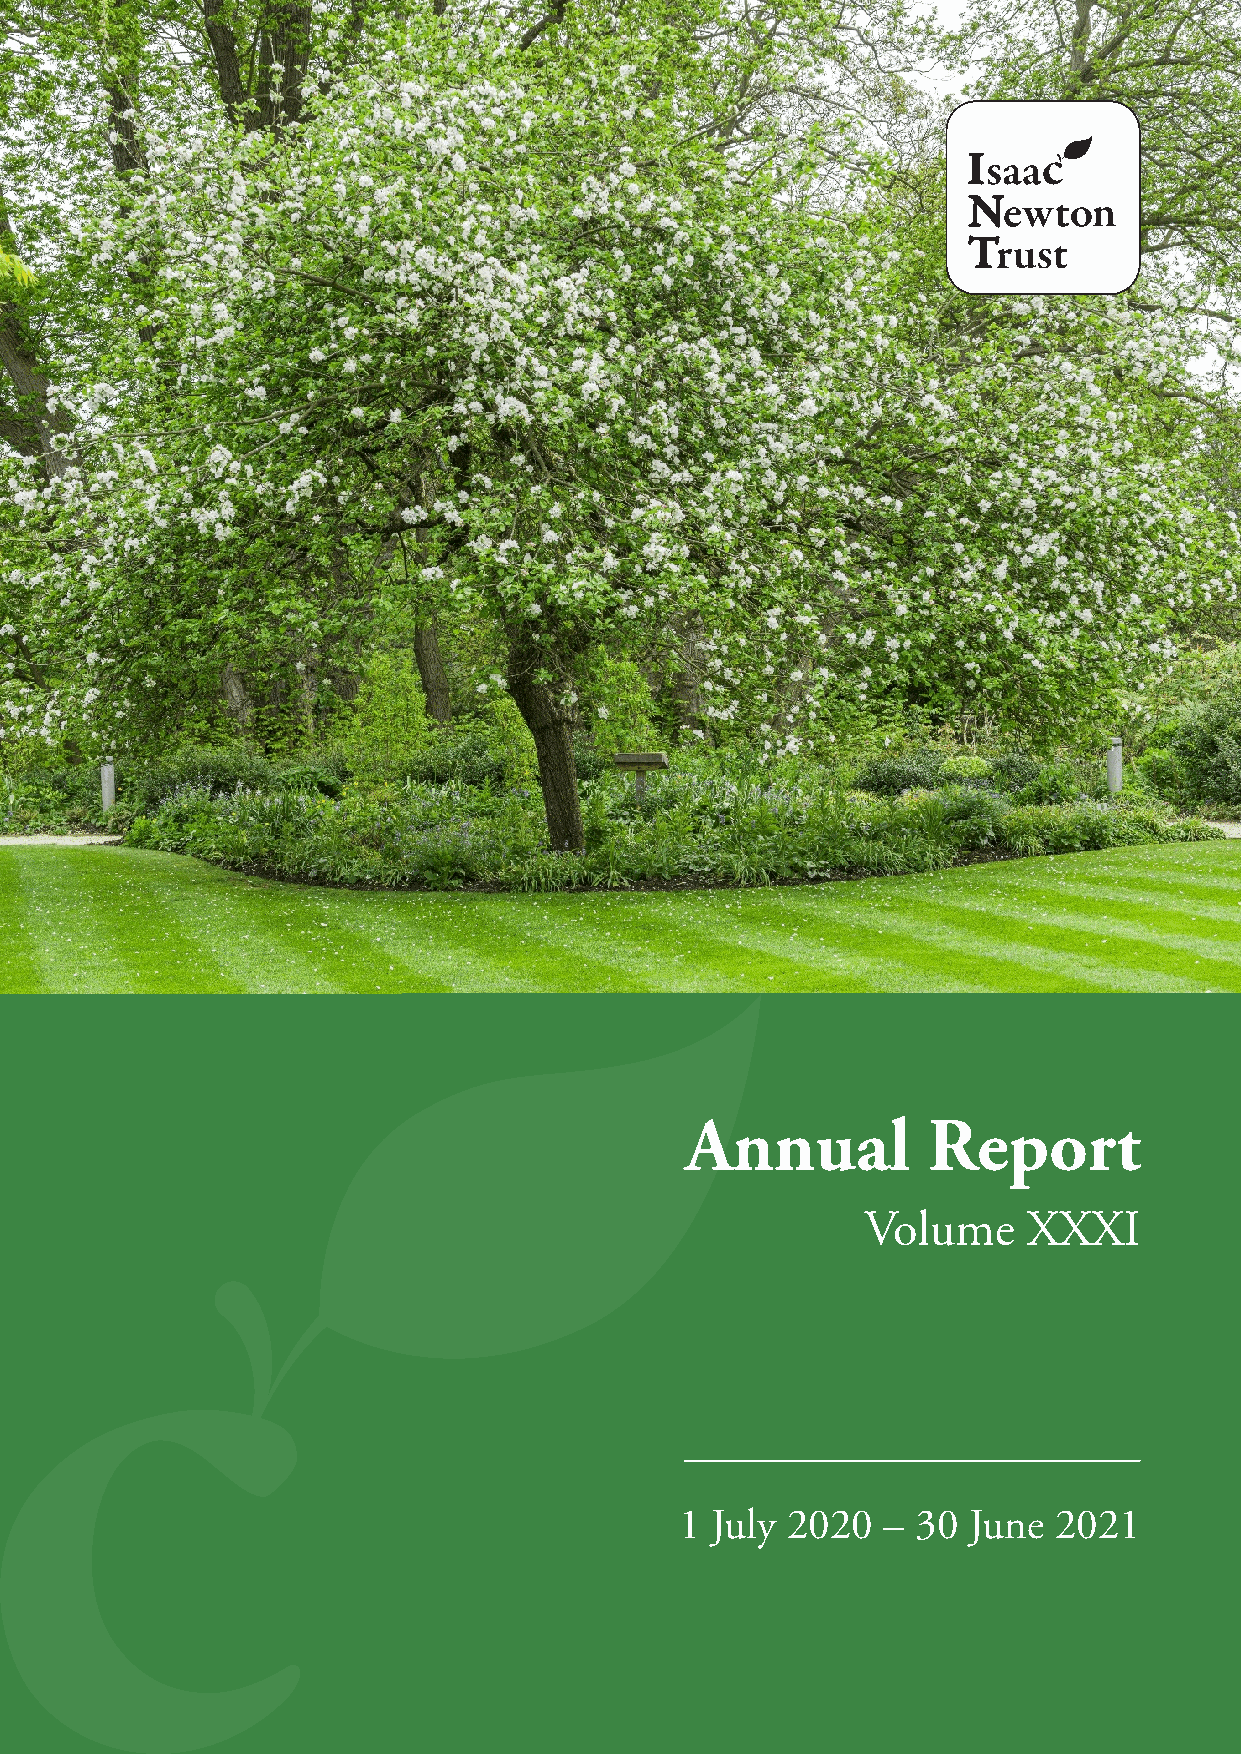
Annual          Report
 Volume     XXXI
 1 July 2020  –  30 June  2021